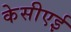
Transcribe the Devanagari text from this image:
केसीएई